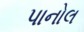
પાનોલ